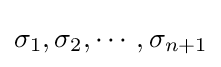
\sigma _{1},\sigma _{2},\cdots ,\sigma _{n+1}